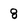
Character: 8